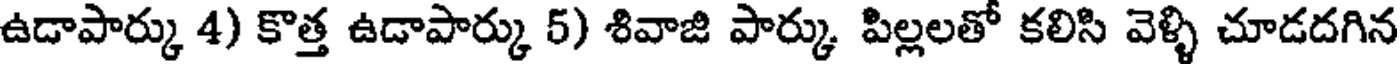
ఉడాపార్కు 4) కొత్త ఉడాపార్కు 5) శివాజి పార్కు పిల్లలతో కలిసి వెళ్ళి చూడదగిన